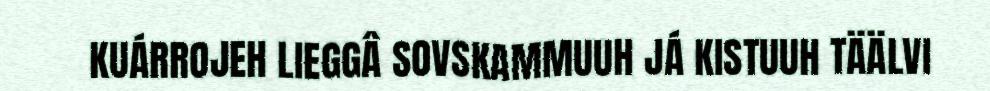
KUÁRROJEH LIEGGÂ SOVSKAMMUUH JÁ KISTUUH TÄÄLVI